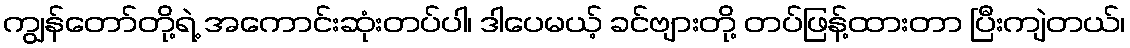
ကျွန်တော်တို့ရဲ့ အကောင်းဆုံးတပ်ပါ၊ ဒါပေမယ့် ခင်ဗျားတို့ တပ်ဖြန့်ထားတာ ပြီးကျဲတယ်၊